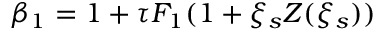
\beta _ { 1 } = 1 + \tau F _ { 1 } ( 1 + \xi _ { s } Z ( \xi _ { s } ) )